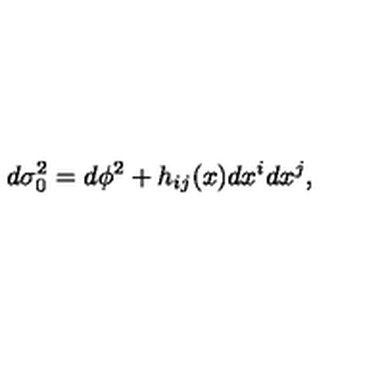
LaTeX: d \sigma _ { 0 } ^ { 2 } = d \phi ^ { 2 } + h _ { i j } ( x ) d x ^ { i } d x ^ { j } ,